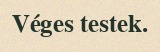
Véges testek.